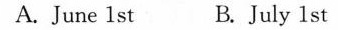
A.June 1 stB.July 1 st